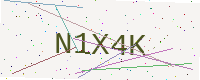
Text: N1X4K